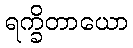
ရက္ခိတာယော